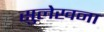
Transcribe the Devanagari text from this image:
सुलेखना